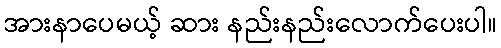
အားနာပေမယ့် ဆား နည်းနည်းလောက်ပေးပါ။